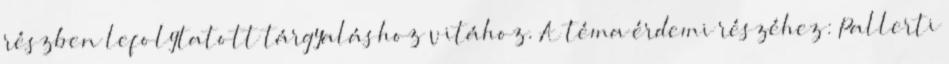
részben lefolytatott tárgyaláshoz vitához. A téma érdemi részéhez: Pallerti